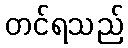
တင်ရသည်